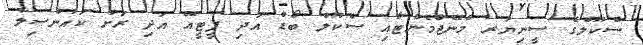
ސްކޫލްގެ ސީނިޔަރ މެނޭޖްމެންޓާއި ސްކޫލް ބޯޑް އަދި ޕީޓީއޭ އަދި ރަށު ކައުންސިލާ